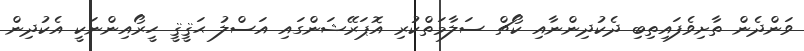
ވަންދެން ތާށިވެފައިތިބި ދެކުދިންނާއި ކޯޗް ސަލާމަތްކުރި އޮޕަރޭޝަންގައި އަސްލު ޙަޤީޤީ ހީރޯއިންނަކީ އެކުދިން